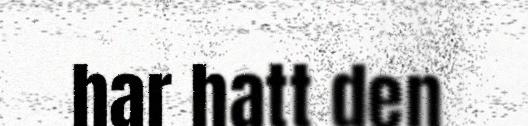
har hatt den